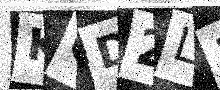
Text: KGD2L1